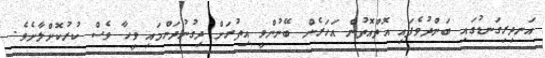
އަނދިރިގަނޑުގައި ބަންދުވެފައި އޮތްއޮތުން އަހަރެން ބޭނުންވީ އިތުރަށް ދިގުނުދަންމައި ވީހާ ވެސް ކުރުކޮށްލާށެވެ.